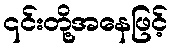
၎င်းတို့အနေဖြင့်